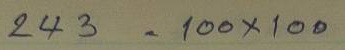
243 = 100 x 100